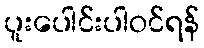
ပူးပေါင်းပါဝင်ရန်